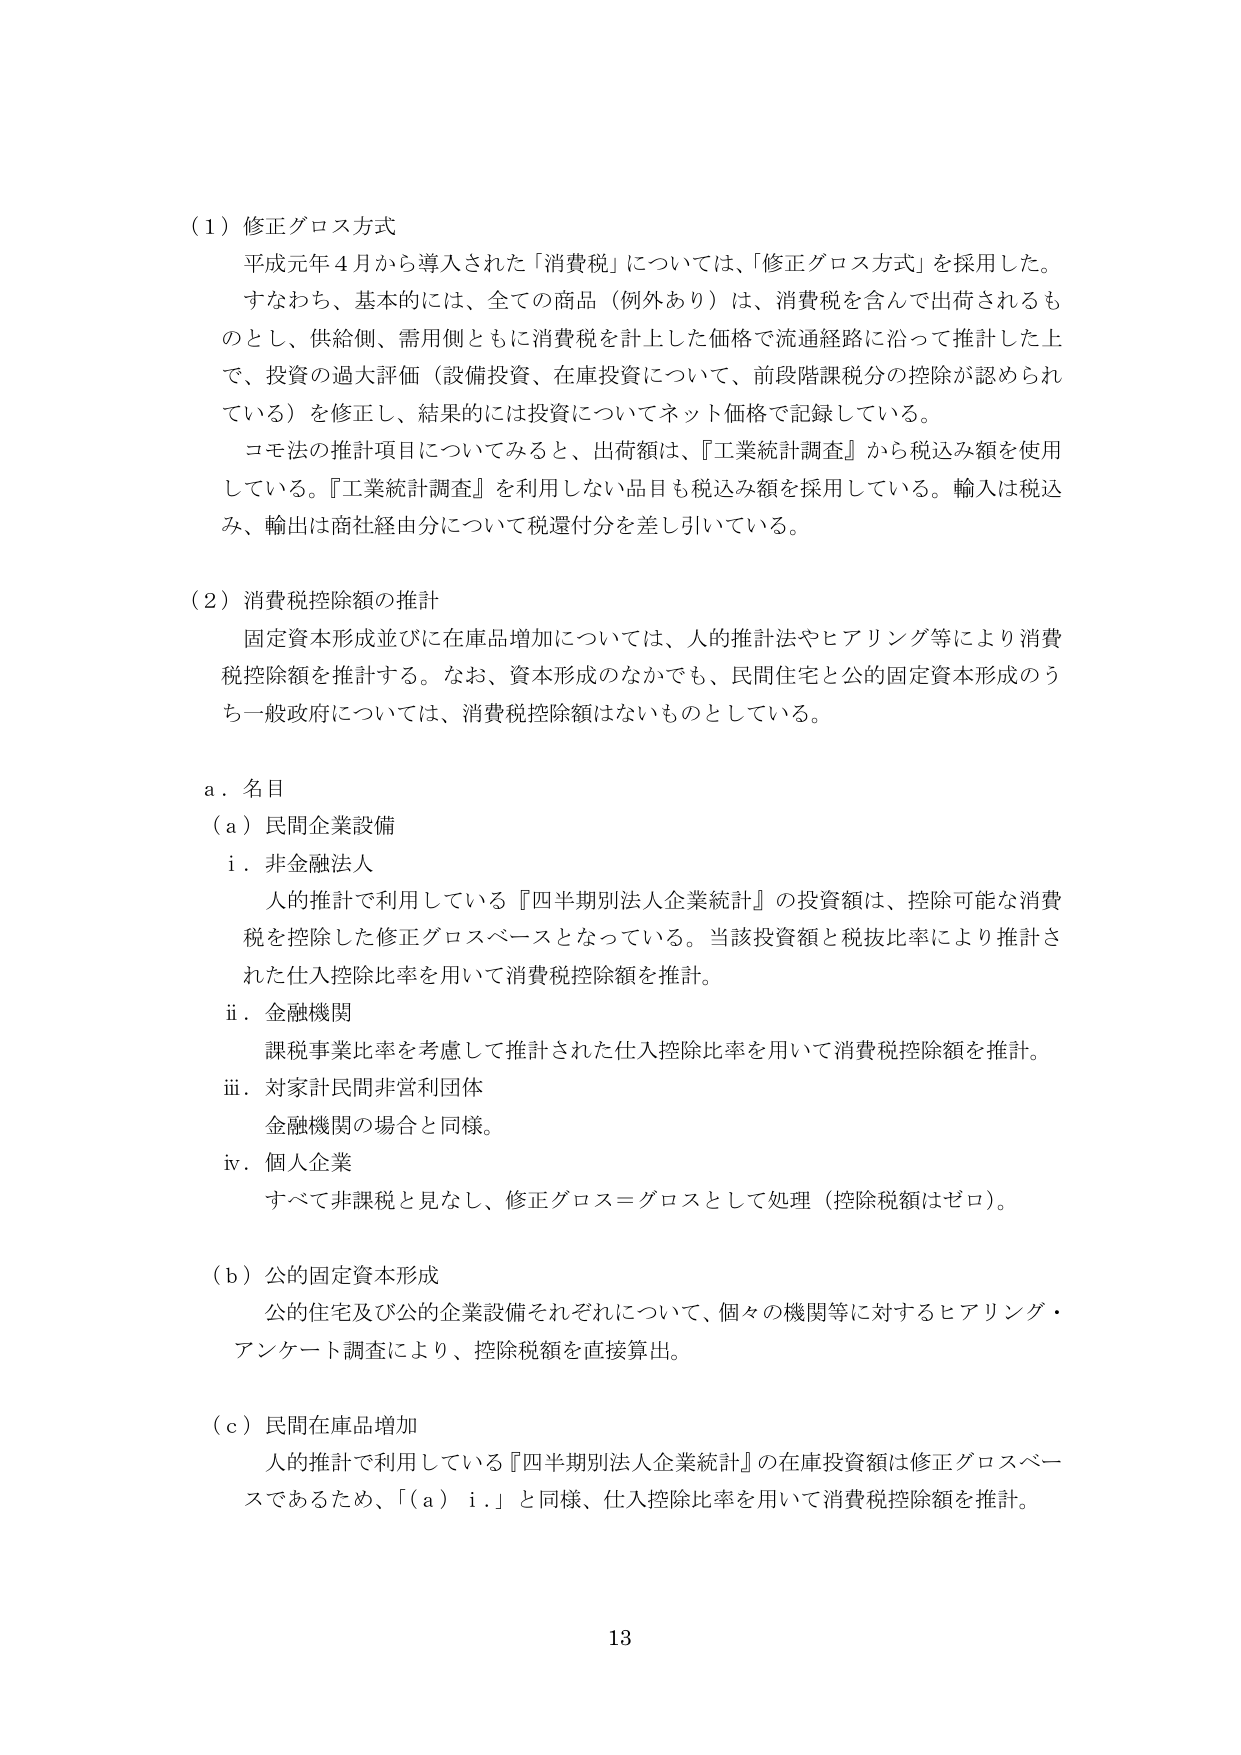
（１）修正グロス方式
平成元年４月から導入された「消費税」については、「修正グロス方式」を採用した。
すなわち、基本的には、全ての商品（例外あり）は、消費税を含んで出荷されるものとし、供給側、需用側ともに消費税を計上した価格で流通経路に沿って推計した上で、投資の過大評価（設備投資、在庫投資について、前段階課税分の控除が認められている）を修正し、結果的には投資についてネット価格で記録している。
コモ法の推計項目についてみると、出荷額は、『工業統計調査』から税込み額を使用している。『工業統計調査』を利用しない品目も税込み額を採用している。輸入は税込み、輸出は商社経由分について税還付分を差し引いている。

（２）消費税控除額の推計
固定資本形成並びに在庫品増加については、人的推計法やヒアリング等により消費税控除額を推計する。なお、資本形成のなかでも、民間住宅と公的固定資本形成のうち一般政府については、消費税控除額はないものとしている。

ａ．名目
（ａ）民間企業設備
　ｉ．非金融法人
　　人的推計で利用している『四半期別法人企業統計』の投資額は、控除可能な消費税を控除した修正グロスベースとなっている。当該投資額と税抜比率により推計された仕入控除比率を用いて消費税控除額を推計。
　ｉｉ．金融機関
　　課税事業比率を考慮して推計された仕入控除比率を用いて消費税控除額を推計。
　ｉｉｉ．対家計民間非営利団体
　　金融機関の場合と同様。
　ｉｖ．個人企業
　　すべて非課税と見なし、修正グロス＝グロスとして処理（控除税額はゼロ）。

（ｂ）公的固定資本形成
　公的住宅及び公的企業設備それぞれについて、個々の機関等に対するヒアリング・アンケート調査により、控除税額を直接算出。

（ｃ）民間在庫品増加
　人的推計で利用している『四半期別法人企業統計』の在庫投資額は修正グロスベースであるため、「（ａ）ｉ．」と同様、仕入控除比率を用いて消費税控除額を推計。

13